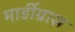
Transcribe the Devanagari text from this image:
मार्डीग्रास